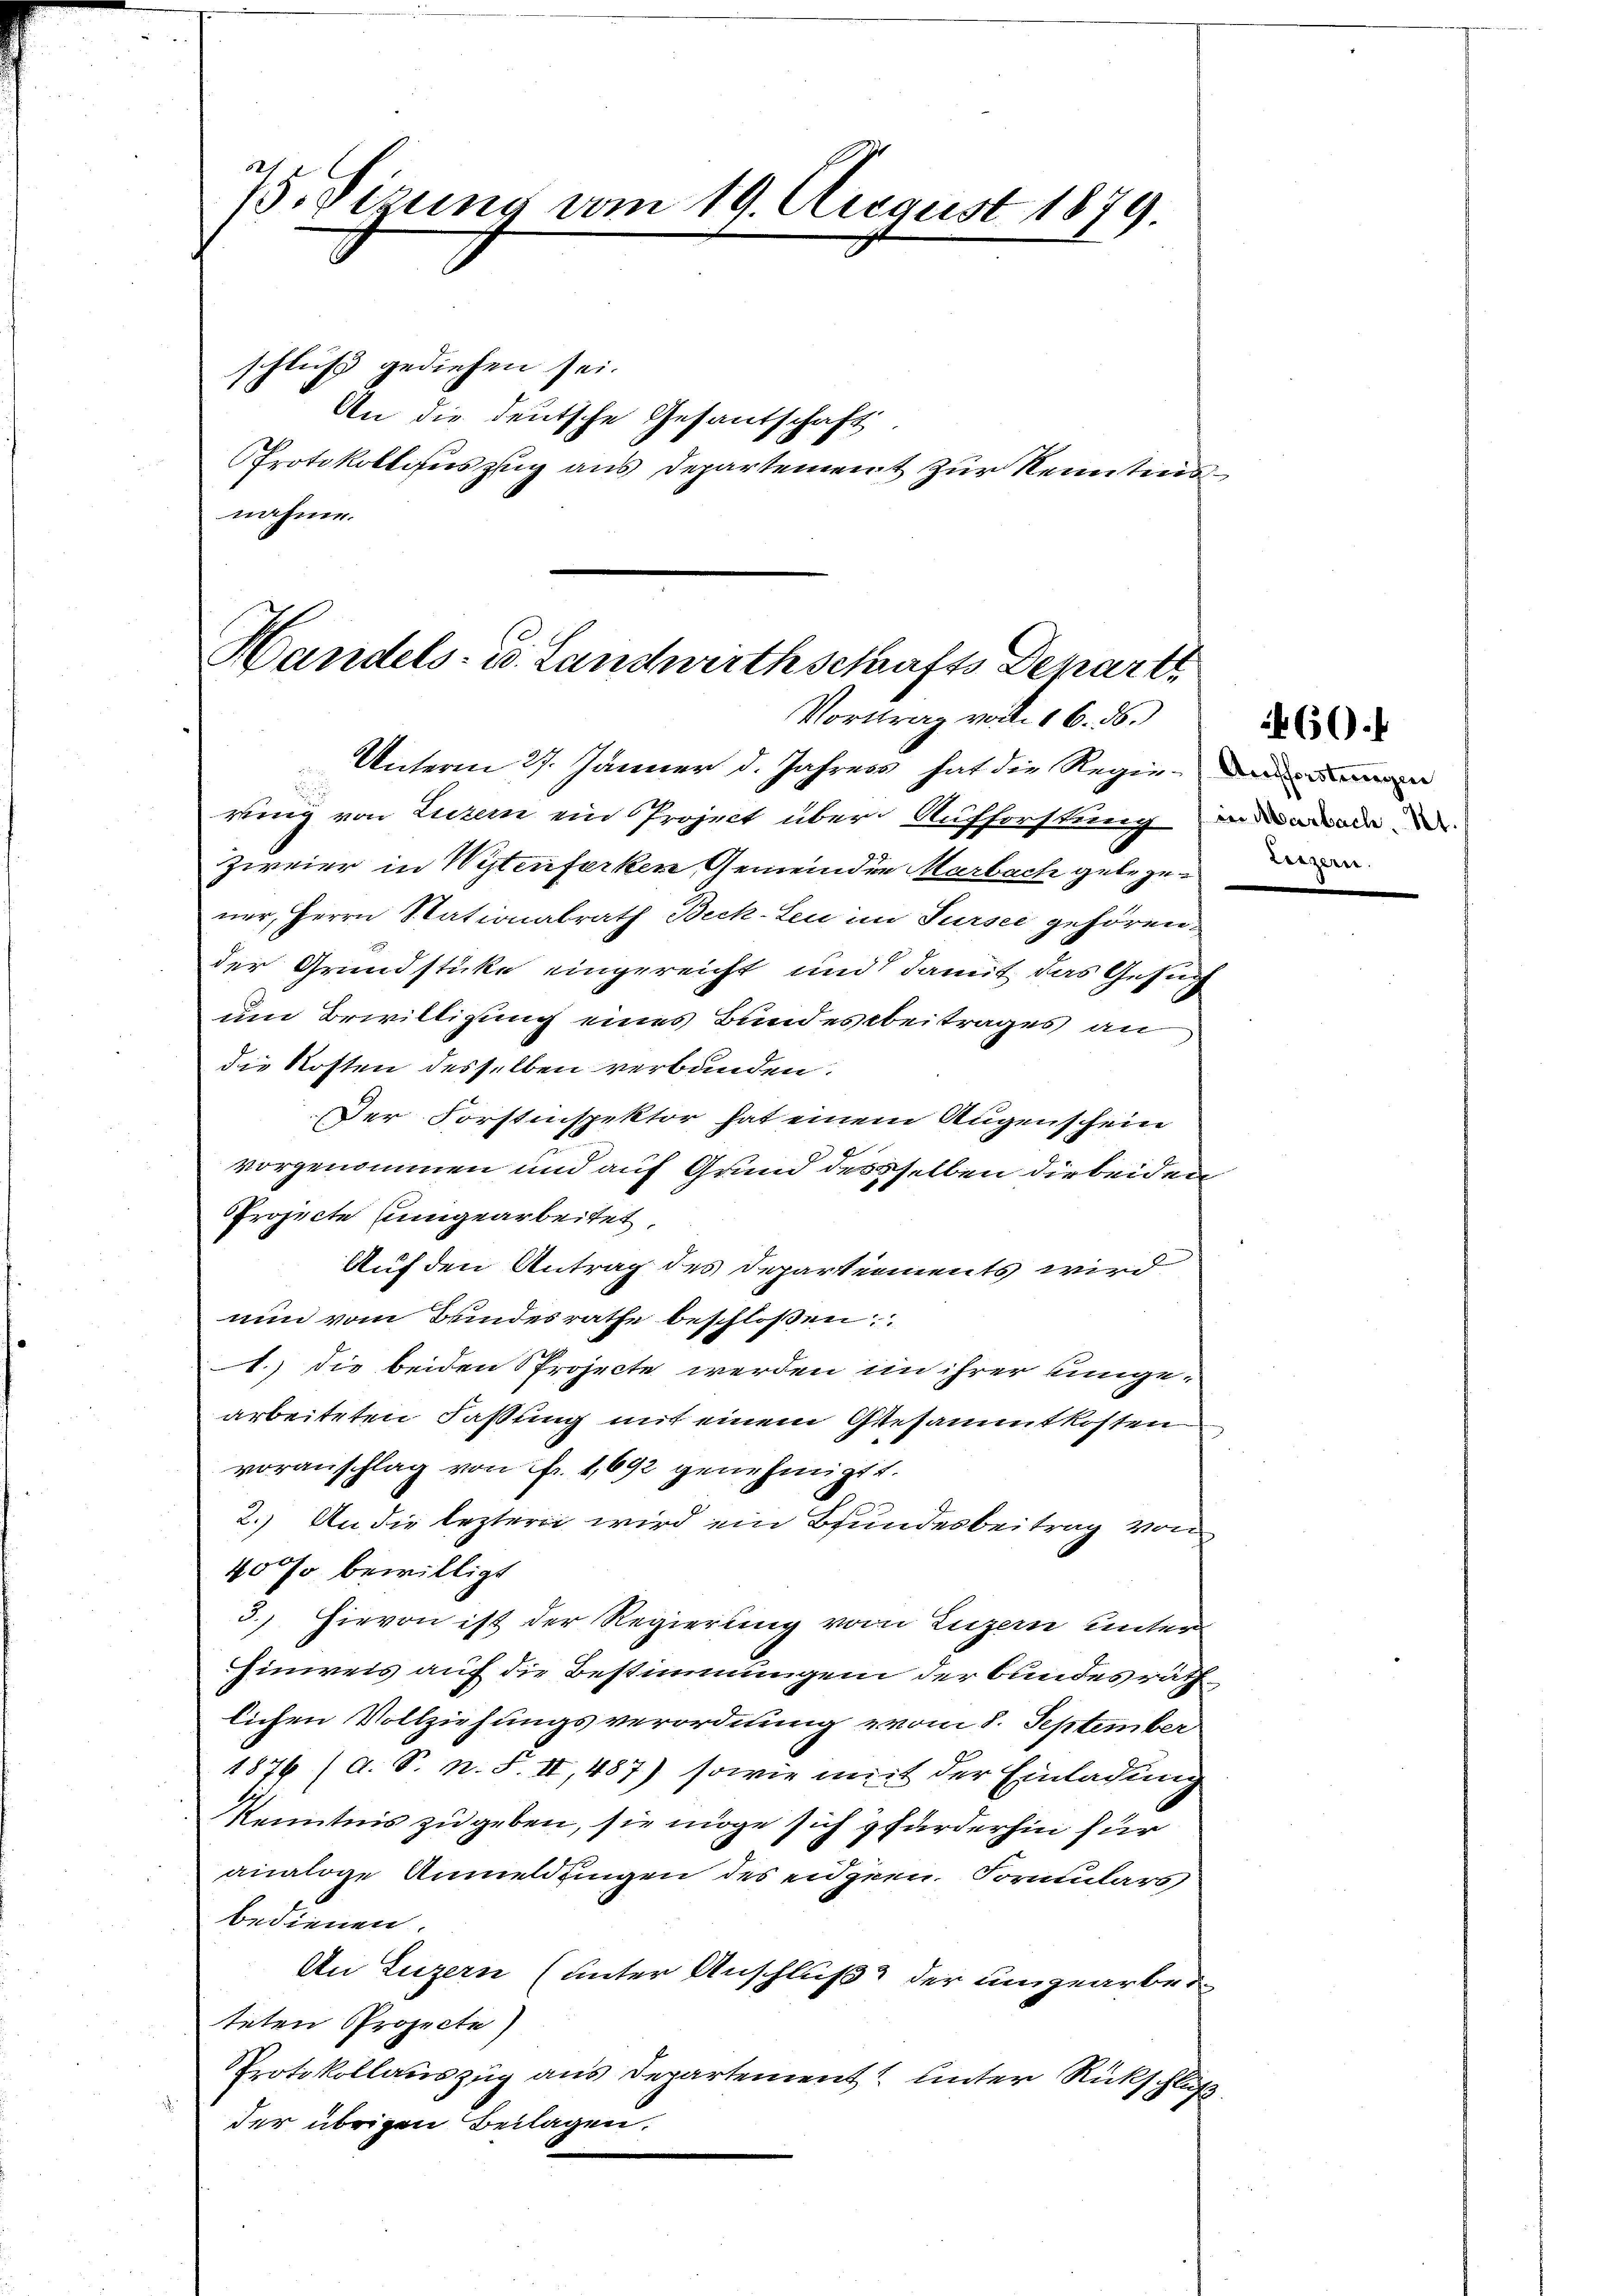
75. Sizung vom 19. August 1879.

schluß gediehen sei.
nahme.

An die deutsche Gesandschaft
Protokollauszug aus Departement zur Kenntnis

Handels- u. Landwirthschafts Departe
Vortrag vom 16. 56.

Unterm 27. Jänner d. Jahress hat die Regie- und
rung von Luzern ein Project über Aufforstung in daran
zweier in Wytenferken Gemeinden Marbach gelegen d
ner, Herrn Stationalrath Beck-Leu im Sursee gehören,
der Grundstücke eingereicht und damit das Gesuch
um Bewilligung eines Bundesbeitrages an
die Kosten desselben verbunden.
Der Forstinspektor hat einem Augenschein
vorgenommen und auf Grund desselben die beiden
Projecte ungearbeitet,
Auf den Antrag des Departements wird
nun vom Bundesrathe beschlossen:
1.) die beiden Projecte werden in ihrer umge-
arbeiteten Faßung mit einem Gesammtkosten
voranschlag von fr. 1692 genehmigt.
2.) An die leztern wird ein Bundesbeitrag von
40% bewilligt
3.) Hievon ist der Regierung von Luzern unter
hinweis auf die Bestimmungen der Bundesrath
lichen Vollziehungsverordnung vom 8. September
1876 (a. S. n. F. II, 487) sowie mit der Einladung
Kenntnis zu geben, sie möge sich gfürderhin für
analoge Anmeldungen des eidgen. Formulars
bedienen.
An Luzern (unter Anschluß der umgearber
teten Projecte
Protokollauszug aus Departement unter Rückschluß
der übrigen Beilagen.

460.